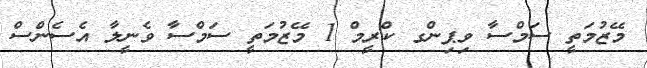
މޭޒުމަތީ ސަމްސާ ވިޕިންގ ކްރީމް 1 މޭޒުމަތީ ސަމްސާ ވެނީލާ އެސެންސް